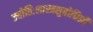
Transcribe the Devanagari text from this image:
ज्योतिःशास्त्रसुबोधिनी